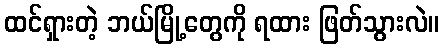
ထင်ရှားတဲ့ ဘယ်မြို့တွေကို ရထား ဖြတ်သွားလဲ။